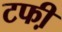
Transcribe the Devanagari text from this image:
टफी़